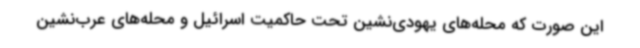
این صورت که محله‌های یهودی‌نشین تحت حاکمیت اسرائیل و محله‌های عرب‌نشین